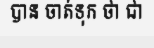
បាន ចាត់ទុក ថា ជា